Vaccination in the Punjab 1897-1904 - 1897-1904
Year: 1897
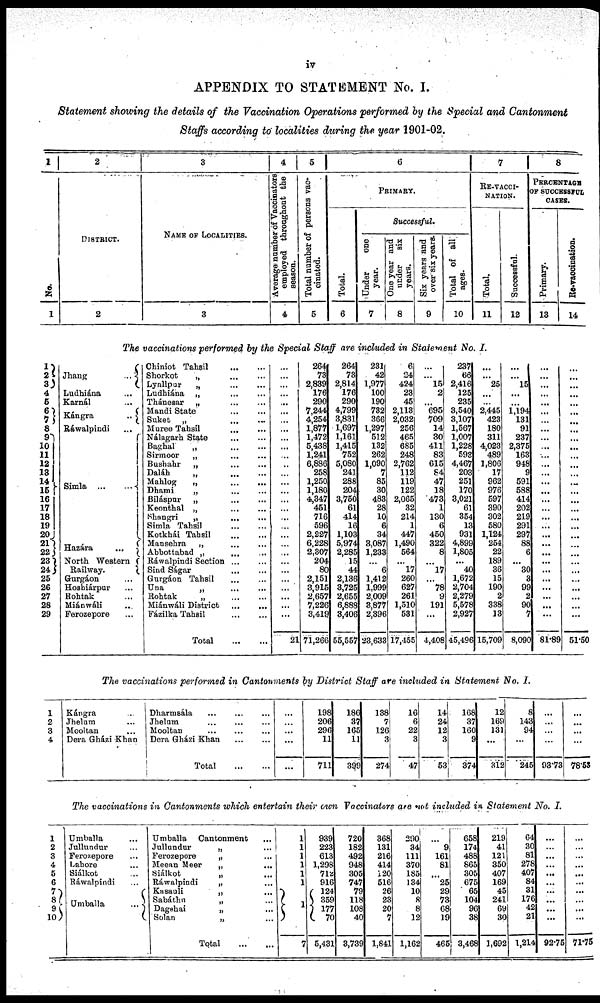
iv
APPENDIX TO STATEMENT No. I.
Statement showing the details of the Vaccination Operations performed by the Special and Cantonment
Staffs according to localities during the year 1901-02.
1
No.
1
2
DISTRICT.
2
3
NAME OF LOCALITIES.
3
4
Average number of Vaccinators
employed throughout the
season.
4
5
Total number of persons vac-
cinated.
5
6
PRIMARY.
Total.
6
Successful.
Under
one
year.
7
One year and
under six
years.
8
Six years and
over six years.
9
Total of all
ages.
10
7
RE-VACCI-
NATION.
Total.
11
Successful.
12
8
PERCENTAGE
OF SUCCESSFUL
CASES.
Primary.
13
Re-vaccination.
14
The vaccinations performed by the Special Staff are included in Statement No. I.
1
2
3
4
5
6
7
8
9
10
11
12
13
14
15
16
17
18
19
20
21 22
23
24
25
26
27
28
29
Jhang
...
Ludhiána ...
Karnál ...
Kángra
...
Ráwalpindi ...
Simla
...
...
Hazára
...
North Western
Railway.
Gurgáon ...
Hoshiárpur ...
Rohtak ...
Miánwáli ...
Ferozepore ...
Chiniot Tahsil
...
...
Shorkot
„ ... ...
Lyallpur
„
...
...
Ludhiána „ ... ...
Thánesar „
...
...
Mandi State ... ...
Suket „ ... ...
Muree Tahsil ... ...
Nálagarh State ... ...
Baghal
„ ... ...
Sirmoor
„ ... ...
Bushahr
„ ... ...
Daláh
„ ... ...
Mahlog
„
...
...
Dhami
„ ... ...
Biláspur
„
...
...
Keonthal „ ... ...
Shangri
„
...
...
Simla Tahsil
...
...
Kotkhái Tahsil
...
...
Mansehra
„ ... ...
Abbottabad „
...
...
Ráwalpindi Section ... ...
Sind Ságar
...
...
Gurgáon Tahsil ... ...
Una
„
...
...
Rohtak
„ ... ...
Miánwáli District ... ...
Fázilka Tahsil
...
...
Total
...
...
...
...
...
...
...
...
...
...
...
...
...
...
...
...
...
...
...
...
...
...
...
...
...
...
...
...
...
...
...
21
264
73
2,839
176
290
7,244
4,254
1,877
1,472
5,438
1,241
6,886
258
1,250
1,180
4,347
451
716
596
2,227
6,228
2,307
204
80
2,151
3,915
2,657
7,226
3,419
71,266
264
73
2,814
176
290
4,799
3,831
1,697
1,161
1,415
752
5,080
241
288
204
3,750
61
414
16
1,103
5,974
2,285
15
44
2,136
3,725
2,655
6,888
3,406
55,557
231
42
1,977
100
190
732
366
1,297
512
132
262
1,090
7
85
30
483
28
10
6
34
3,087
1,233
...
6
1,412
1,999
2,009
3,877
2,396
23,633
6
24
424
23
45
2,113
2,032
256
465
685
248
2,762
112
119
122
2,065
32
214
1
447
1,490
564
...
17
260
627
261
1,510
531
17,455
...
...
15
2
...
695
709
14
30
411
83
615
84
47
18
473
1
130
6
450
322
8
...
17
...
78
9
191
...
4,408
237
66
2,416
125
235
3,540
3,107
1,567
1,007
1,228
593
4,467
203
251
170
3,021
61
354
13
931
4,899
1,805
...
40
1,672
2,704
2,279
5,578
2,927
45,496
...
...
25
...
...
2,445
423
180
311
4,023
489
1,806
17
962
976
597
390
302
580
1,124
254
22
189
36
15
190
2
338
13
15,709
...
...
15
...
...
1,194
131
91
237
2,375
163
948
9
591
588
414
202
219
291
297
88
6
...
30
3
99
2
90
7
8,090
...
...
...
...
...
...
...
...
...
...
...
...
...
...
...
...
...
...
...
...
...
...
...
...
...
...
...
...
...
81.89
...
...
...
...
...
...
...
...
...
...
...
...
...
...
...
...
...
...
...
...
...
...
...
...
...
...
...
...
...
51.50
The vaccinations performed in Cantonments by District Staff are included in Statement No. I.
1
2
3
4
Kángra ...
Jhelum ...
Mooltan ...
Dera Gházi Khan
Dharmsála
...
...
...
Jhelum
...
...
...
Mooltan ... ... ...
Dera Gházi Khan
...
...
Total
...
...
...
...
...
...
...
198
206
296
11
711
186
37
165
11
399
138
7
126
3
274
16
6
22
3
47
14
24
12
3
53
168
37
160
9
374
12
169
131
...
312
8
143
94
...
245
...
...
...
...
93.73
...
...
...
...
78.53
The vaccinations in Cantonments which entertain their own Vaccinators are not included in Statement No. I.
1
2
3
4
5
6
7
8
9
10
Umballa ...
Jullundur ...
Ferozepore ...
Lahore ...
Siálkot ...
Ráwalpindi ...
Umballa
...
Umballa Cantonment ...
Jullundur
„ ...
Ferozepore
„ ...
Meean Meer
„
...
Siálkot
„
...
Ráwalpindi
„ ...
Kasauli
„ ...
Sabáthu
„ ...
Dagshai
„ ...
Solan
„ ...
Total
...
...
1
1
1
1
1
1
1
7
939
223
613
1,298
712
916
124
359
177
70
5,431
720
182
492
948
305
747
79
118
108
40
3,739
368
131
216
414
120
516
26
23
20
7
1,841
290
34
111
370
185
134
10
8
8
12
1,162
...
9
161
81
...
25
29
73
68
19
465
658
174
488
865
305
675
65
104
96
38
3,468
219
41
121
350
407
169
45
241
69
30
1,692
64
30
81
278
407
84
31
176
42
21
1,214
...
...
...
...
...
...
...
...
...
...
92.75
...
...
...
...
...
...
...
...
...
...
71.75